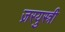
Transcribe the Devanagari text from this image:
ज़रयुस्त्री